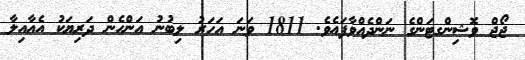
ޖޯޖް ވޮޝިންގޓަންގެ ނަންދެއްވާފައެވެ. 1811 ވަނަ އަހަރު ލިބުނު އަންހެން ދަރިޔަކު އެއާއިލާ